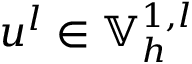
u ^ { l } \in \mathbb { V } _ { h } ^ { 1 , l }